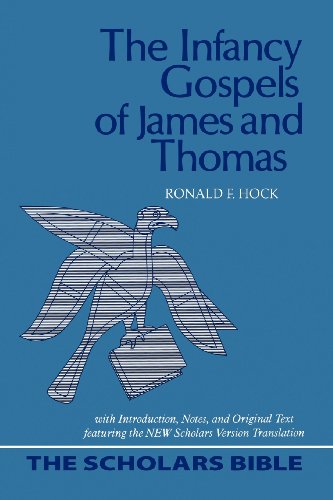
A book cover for The Infancy Gospels of James and Thomas: With Introduction, Notes, and Original Text Featuring the New Scholars Version Translation (Scholars Bible); Ronald F. Hock; Christian Books & Bibles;